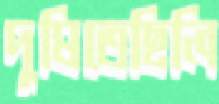
দুষিতেছিলি